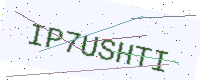
Text: IP7USHTI